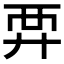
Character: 𧟤